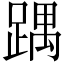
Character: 𮛵